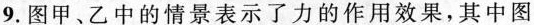
9.图甲、乙中的情景表示了力的作用效果，其中图